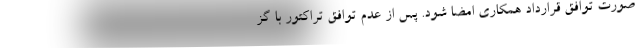
صورت توافق قرارداد همکاری امضا شود. پس از عدم توافق تراکتور با گز